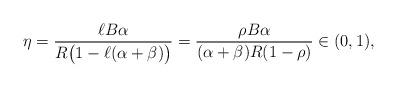
LaTeX: \begin{align*}\eta=\frac{\ell B \alpha}{R\big(1-\ell (\alpha+\beta)\big)}=\frac{\rho B\alpha}{(\alpha+\beta)R(1-\rho)}\in (0,1),\end{align*}